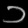
Digit: ၁